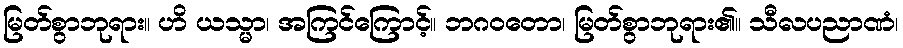
မြတ်စွာဘုရား။ ဟိ ယသ္မာ၊ အကြင်ကြောင့်။ ဘဂဝတော၊ မြတ်စွာဘုရား၏။ သီလပညာဏံ၊